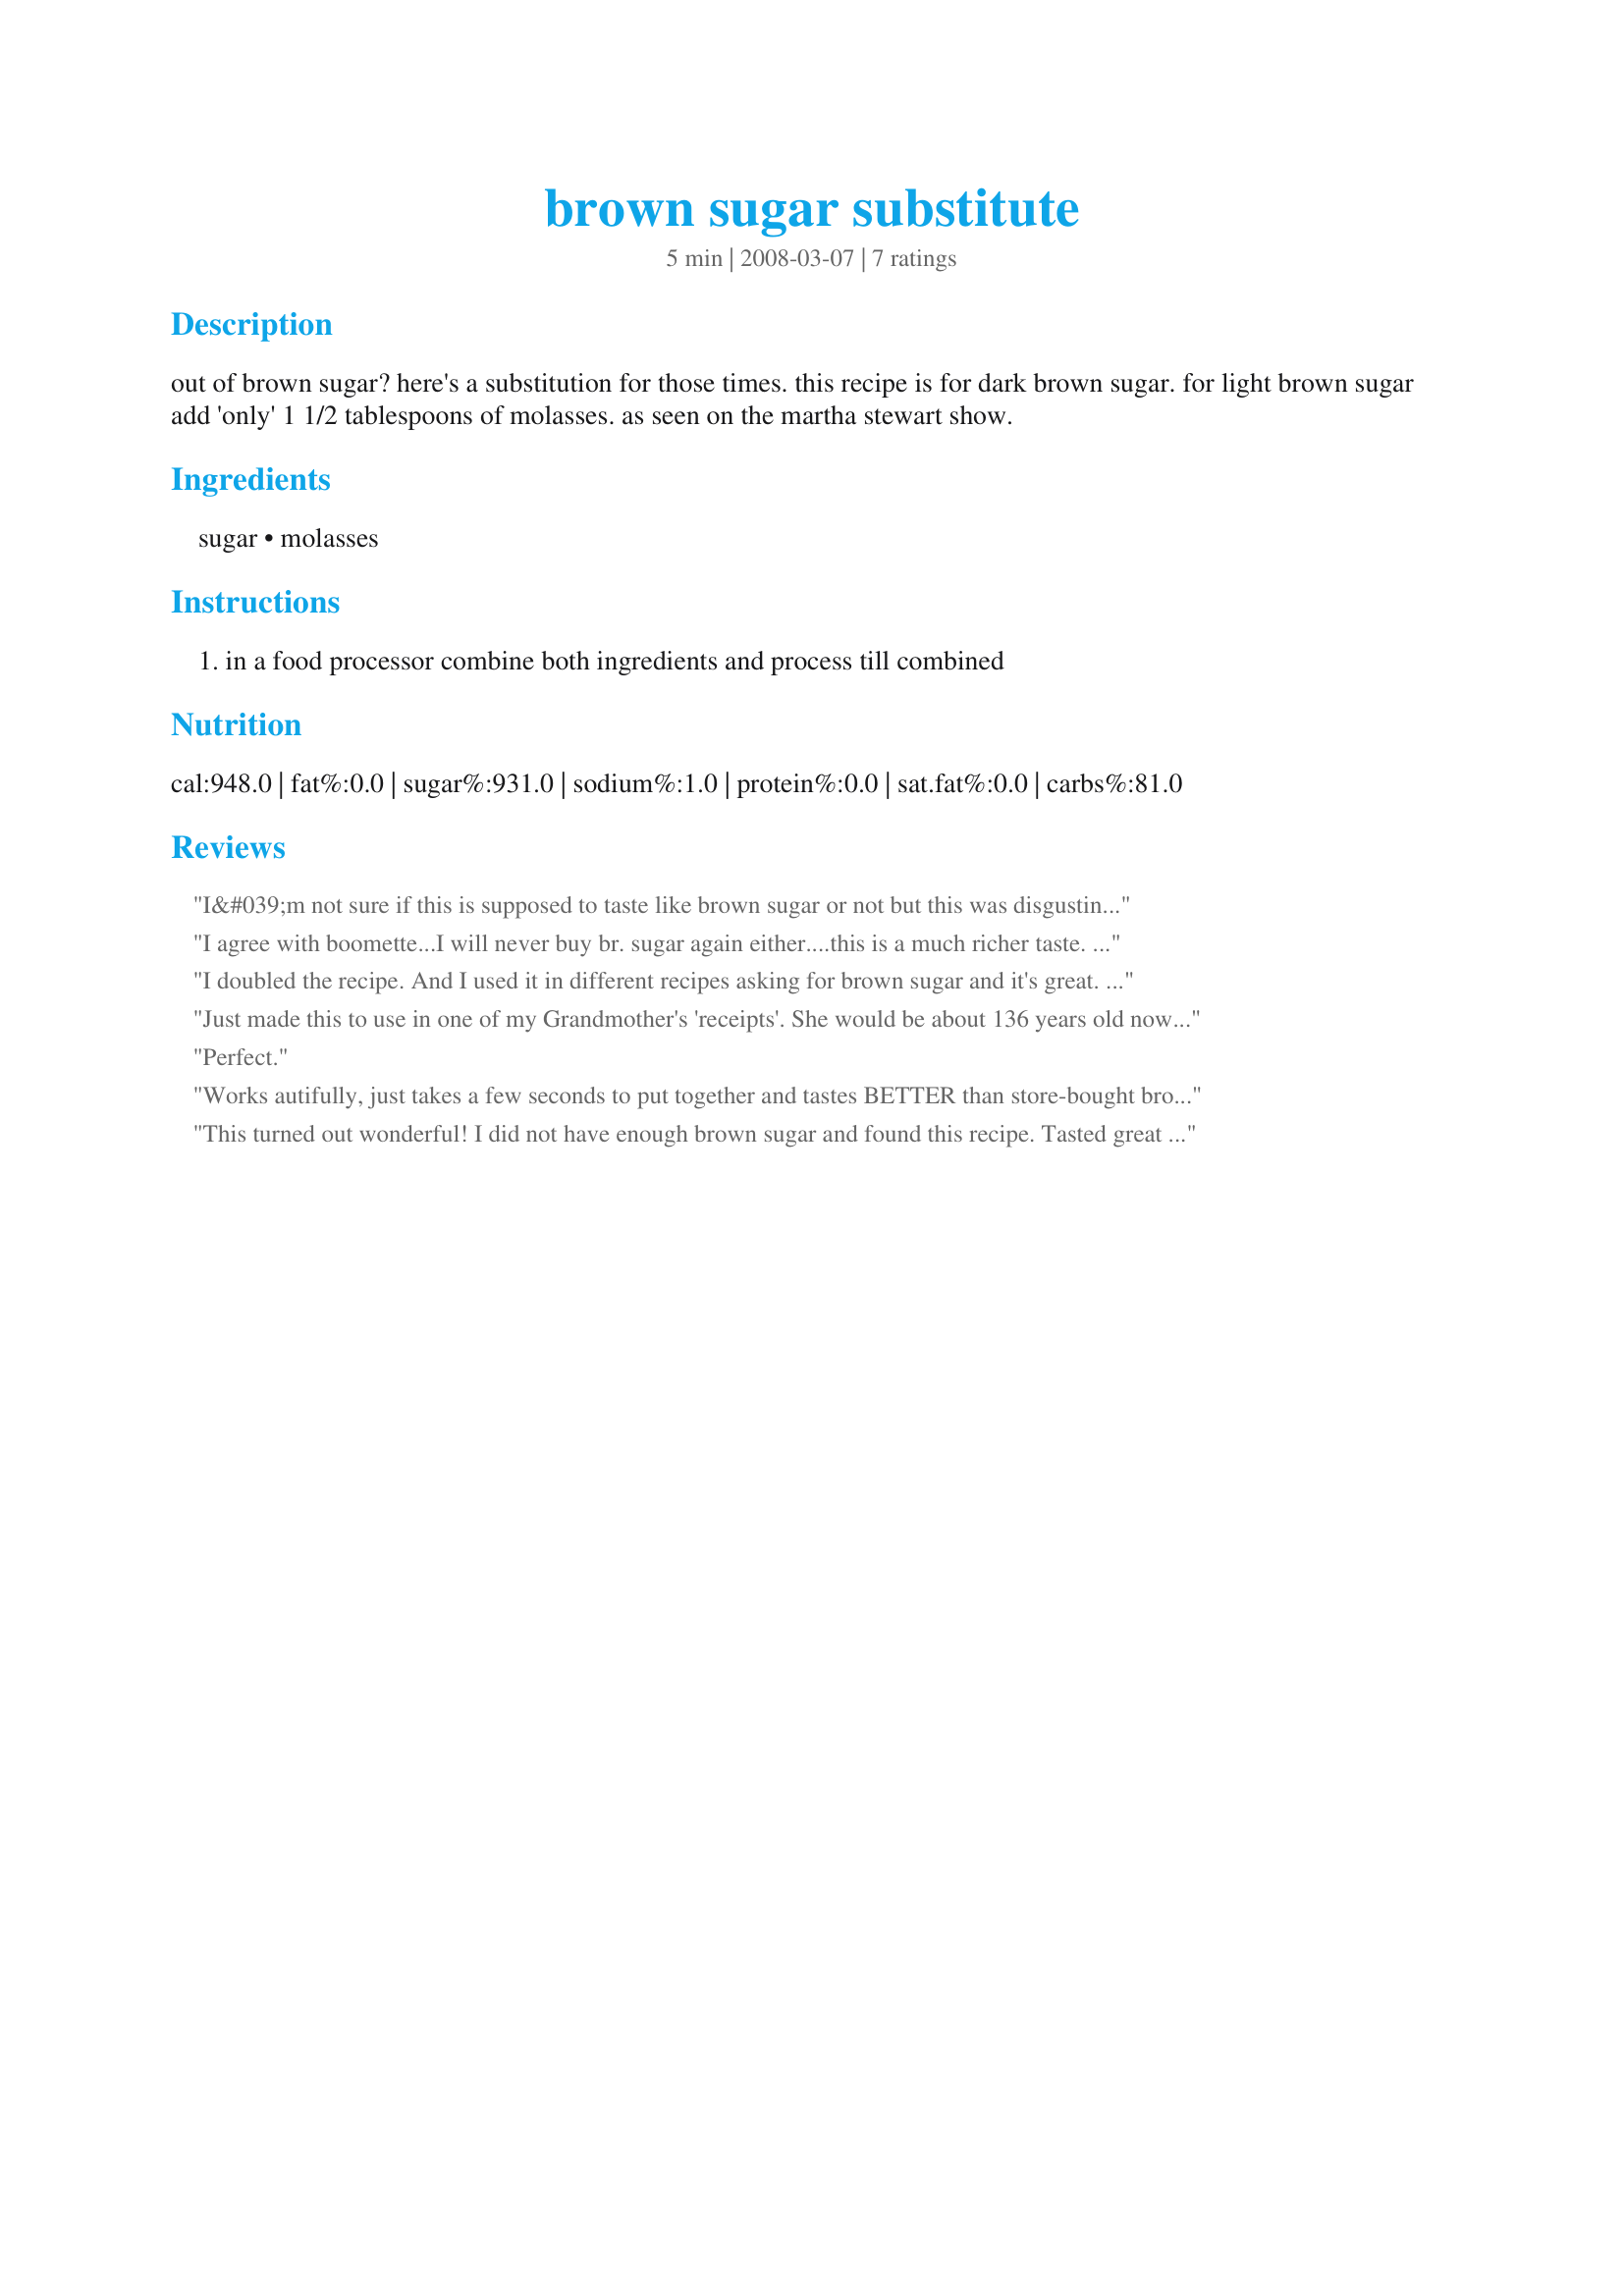
brown sugar substitute
Preparation time: 5 minutes

out of brown sugar? here's a substitution for those times. this recipe is for dark brown sugar. for light brown sugar add 'only' 1 1/2 tablespoons of molasses.
as seen on the martha stewart show.

Ingredients:
sugar, molasses

Steps:
in a food processor combine both ingredients and process till combined

Reviews:
I&#039;m not sure if this is supposed to taste like brown sugar or not but this was disgusting to me. I did not try it with what I was trying to make. I just tasted it when I was done mixing it, and it was so gross. But, maybe I just dont like it, even if that&#039;s what it&#039;s supposed to taste like. To me, it tasted nothing like brown sugar
I agree with boomette...I will never buy br. sugar again either....this is a much richer taste. Thanks for recipe!
I doubled the recipe. And I used it in different recipes asking for brown sugar and it's great. I think I won't buy brown sugar again. I'll always do this recipe. Thanks Dojemi :) Made for Alphabet chef tag game
Just made this to use in one of my Grandmother's 'receipts'. She would be about 136 years old now...always cooked with a wood stove, Maine Mother of the Year in the 50's, farmer's wife, mother of 9 living and 14 including all she lost. Has now over 200 of us still living her legacy. I am lucky enough to have all of her recipes (known to all of us as her receipts) along with her diary (Yup my oldest brother at the age of 3 swallowed the clock key and passed it 3 days later). With all that said&gt;&gt;&gt; I was out of brown sugar using one of her recipes. I figured heck, she was not the type to buy it and even maybe back in her day there was no such packaged thing. I used this recipe as a substitution. I also did not put it through a processor (heck they were not invented in her day). I used a fork to mix it well! Her recipe came out great!...despite me having to figure out oven temps to her written instructions add 3 more logs in the fire.
Perfect.
Works autifully, just takes a few seconds to put together and tastes BETTER than store-bought brown sugar. I always have molasses around for cooking. I will never buy brown sugar again! Thank you.
This turned out wonderful! I did not have enough brown sugar and found this recipe. Tasted great and wonderful to have in a bind as its very easy to make! Thank you
